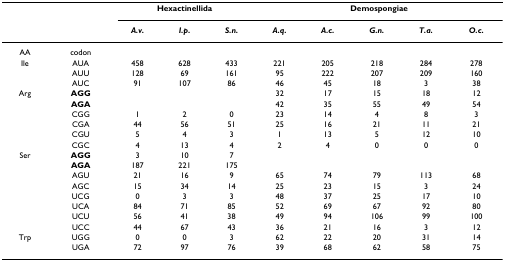
<table><thead><tr><td></td><td></td><td colspan="3"><b>Hexactinellida</b></td><td colspan="5"><b>Demospongiae</b></td></tr><tr><td></td><td></td><td><b><i>A.v.</i></b></td><td><b><i>I.p.</i></b></td><td><b><i>S.n.</i></b></td><td><b><i>A.q.</i></b></td><td><b><i>A.c.</i></b></td><td><b><i>G.n.</i></b></td><td><b><i>T.a.</i></b></td><td><b><i>O.c.</i></b></td></tr></thead><tbody><tr><td>AA</td><td>codon</td><td></td><td></td><td></td><td></td><td></td><td></td><td></td><td></td></tr><tr><td>Ile</td><td>AUA</td><td>458</td><td>628</td><td>433</td><td>221</td><td>205</td><td>218</td><td>284</td><td>278</td></tr><tr><td></td><td>AUU</td><td>128</td><td>69</td><td>161</td><td>95</td><td>222</td><td>207</td><td>209</td><td>160</td></tr><tr><td></td><td>AUC</td><td>91</td><td>107</td><td>86</td><td>46</td><td>45</td><td>18</td><td>3</td><td>38</td></tr><tr><td>Arg</td><td><b>AGG</b></td><td></td><td></td><td></td><td>32</td><td>17</td><td>15</td><td>18</td><td>12</td></tr><tr><td></td><td><b>AGA</b></td><td></td><td></td><td></td><td>42</td><td>35</td><td>55</td><td>49</td><td>54</td></tr><tr><td></td><td>CGG</td><td>1</td><td>2</td><td>0</td><td>23</td><td>14</td><td>4</td><td>8</td><td>3</td></tr><tr><td></td><td>CGA</td><td>44</td><td>56</td><td>51</td><td>25</td><td>16</td><td>21</td><td>11</td><td>21</td></tr><tr><td></td><td>CGU</td><td>5</td><td>4</td><td>3</td><td>1</td><td>13</td><td>5</td><td>12</td><td>10</td></tr><tr><td></td><td>CGC</td><td>4</td><td>13</td><td>4</td><td>2</td><td>4</td><td>0</td><td>0</td><td>0</td></tr><tr><td>Ser</td><td><b>AGG</b></td><td>3</td><td>10</td><td>7</td><td></td><td></td><td></td><td></td><td></td></tr><tr><td></td><td><b>AGA</b></td><td>187</td><td>221</td><td>175</td><td></td><td></td><td></td><td></td><td></td></tr><tr><td></td><td>AGU</td><td>21</td><td>16</td><td>9</td><td>65</td><td>74</td><td>79</td><td>113</td><td>68</td></tr><tr><td></td><td>AGC</td><td>15</td><td>34</td><td>14</td><td>25</td><td>23</td><td>15</td><td>3</td><td>24</td></tr><tr><td></td><td>UCG</td><td>0</td><td>3</td><td>3</td><td>48</td><td>37</td><td>25</td><td>17</td><td>10</td></tr><tr><td></td><td>UCA</td><td>84</td><td>71</td><td>85</td><td>52</td><td>69</td><td>67</td><td>92</td><td>80</td></tr><tr><td></td><td>UCU</td><td>56</td><td>41</td><td>38</td><td>49</td><td>94</td><td>106</td><td>99</td><td>100</td></tr><tr><td></td><td>UCC</td><td>44</td><td>67</td><td>43</td><td>36</td><td>21</td><td>16</td><td>3</td><td>12</td></tr><tr><td>Trp</td><td>UGG</td><td>0</td><td>0</td><td>3</td><td>62</td><td>22</td><td>20</td><td>31</td><td>14</td></tr><tr><td></td><td>UGA</td><td>72</td><td>97</td><td>76</td><td>39</td><td>68</td><td>62</td><td>58</td><td>75</td></tr></tbody></table>